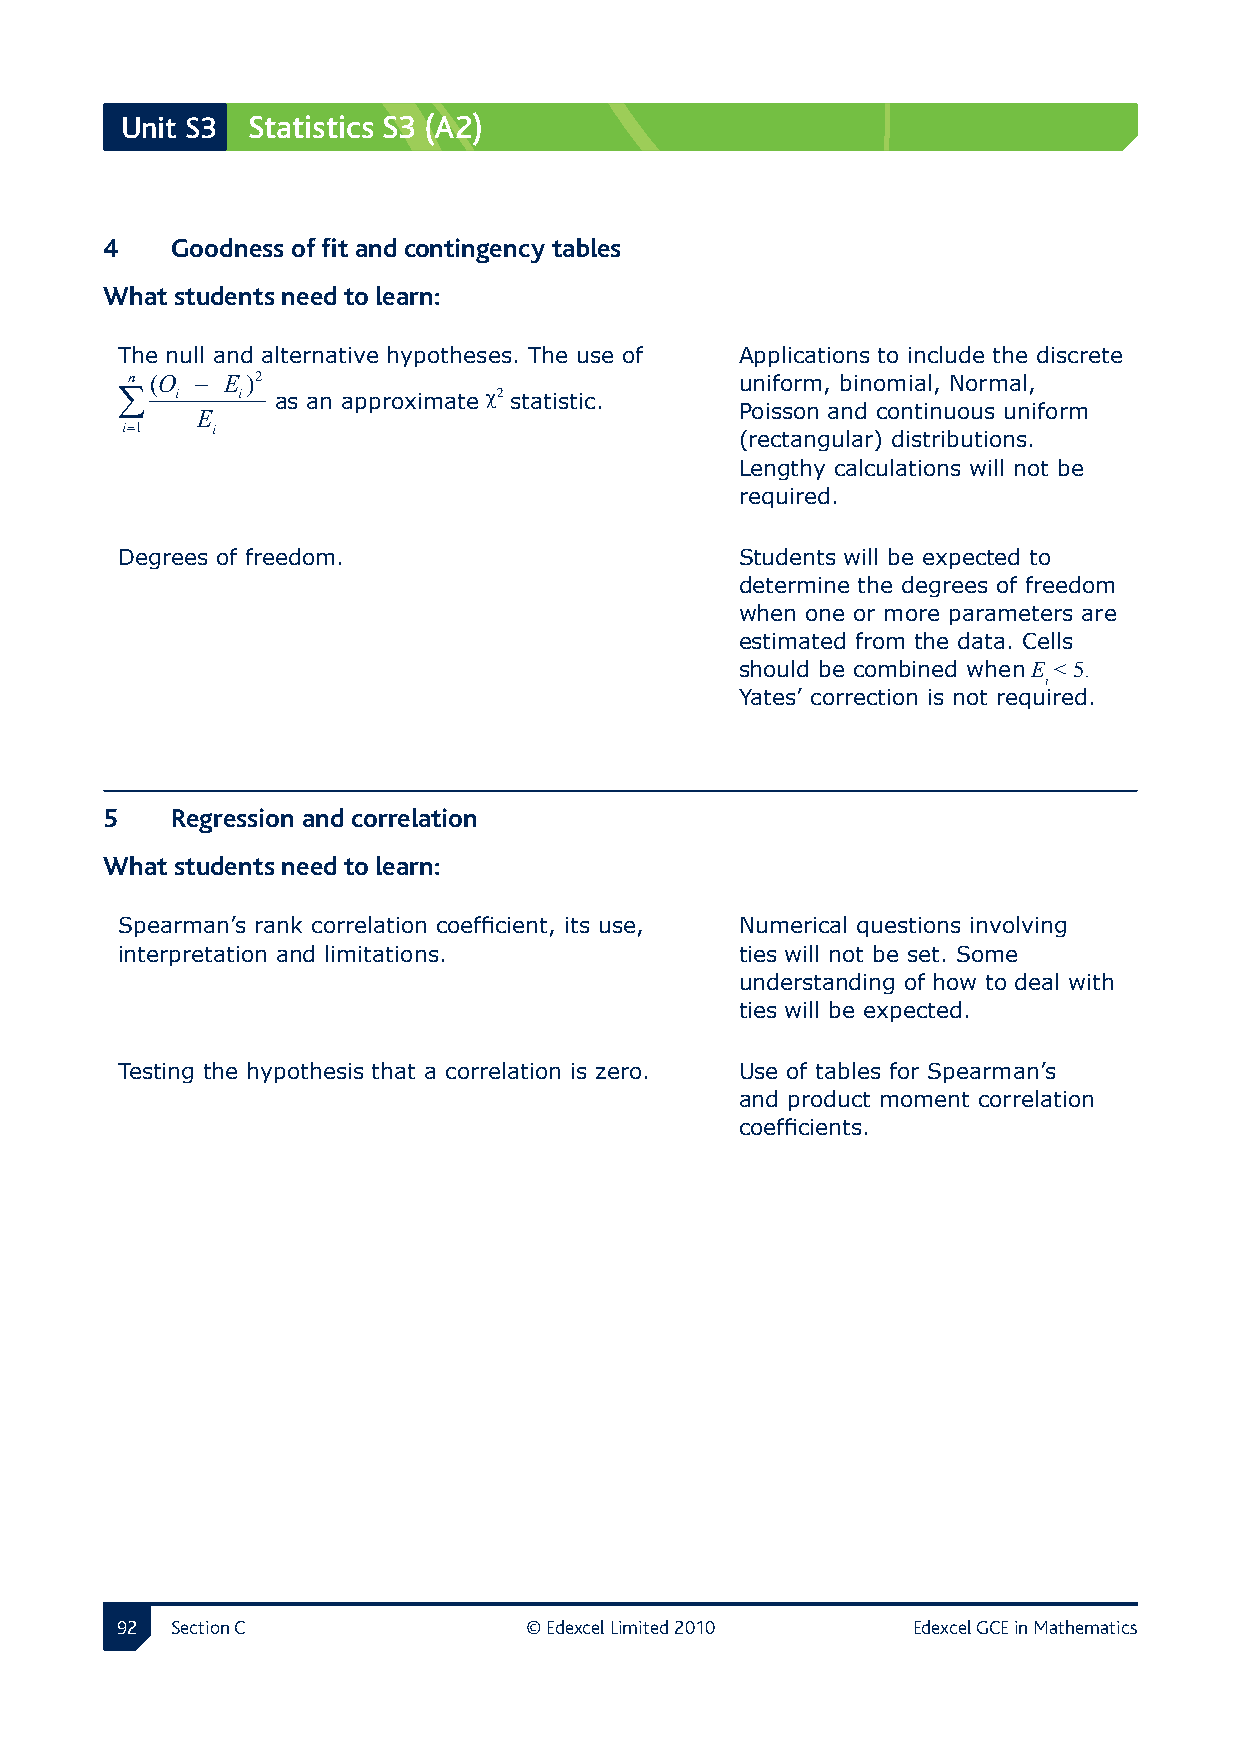
Unit S3 Statistics S3 (A2)
 4  Goodness of fit and contingency tables
 What students need to learn:
 The null and alternative hypotheses. The use of Applications to include the discrete
 n (O − E )2                              uniform, binomial, Normal,
 ∑   i   i as an approximate χ 2 statistic.
 Poisson and continuous uniform
 E
 i=1   i
 (rectangular) distributions.
 Lengthy calculations will not be
 required.
 Degrees of freedom.                      Students will be expected to
 determine the degrees of freedom
 when one or more parameters are
 estimated from the data. Cells
 should be combined when E < 5.
 i
 Yates’ correction is not required.
 5  Regression and correlation
 What students need to learn:
 Spearman’s rank correlation coefficient, its use, Numerical questions involving
 interpretation and limitations.          ties will not be set. Some
 understanding of how to deal with
 ties will be expected.
 Testing the hypothesis that a correlation is zero. Use of tables for Spearman’s
 and product moment correlation
 coefficients.
 2 Section C               © Edexcel Limited 2010   Edexcel GCE in Mathematics